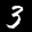
Label: 3